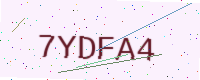
Text: 7YDFA4